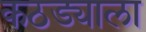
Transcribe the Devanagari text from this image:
कठड्याला